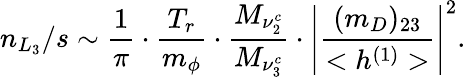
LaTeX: n_{L_{3}}/s\sim\frac{1}{\pi}\cdot\frac{T_{r}}{m_{\phi}}\cdot\frac{M_{\nu_{2}^{c}}}{M_{\nu_{3}^{c}}}\cdot\left|\frac{(m_{D})_{23}}{<h^{(1)}>}\right|^{2}.